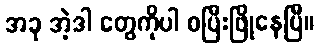
အခု အဲ့ဒါ တွေကိုပါ စပြီးဖြိုနေပြီ။